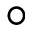
\circ